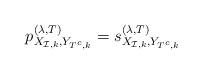
LaTeX: \begin{align*}p_{X_{\mathcal{I},k},Y_{T^c,k}}^{(\lambda, T)} = s_{X_{\mathcal{I},k},Y_{T^c,k}}^{(\lambda, T)} \end{align*}